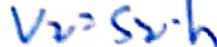
V _ { 2 } = S _ { 2 } \cdot h